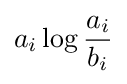
a_{i}\log {\frac {a_{i}}{b_{i}}}